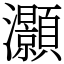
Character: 灝